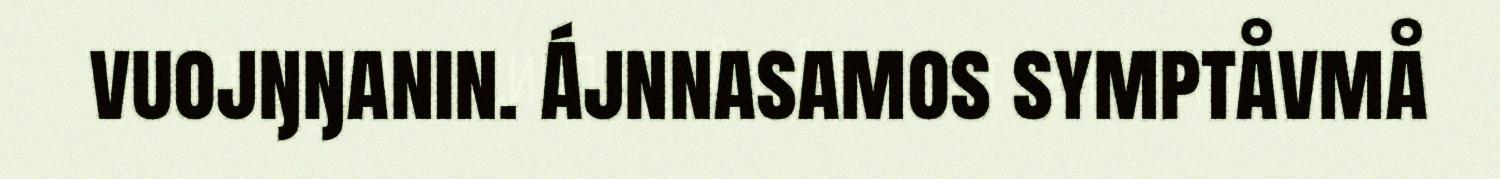
vuojŋŋanin. Ájnnasamos symptåvmå